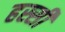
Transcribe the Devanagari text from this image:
हस्सी